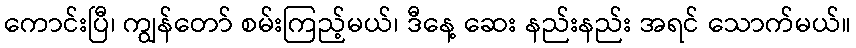
ကောင်းပြီ၊ ကျွန်တော် စမ်းကြည့်မယ်၊ ဒီနေ့ ဆေး နည်းနည်း အရင် သောက်မယ်။